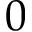
0